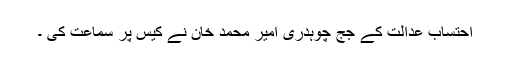
احتساب عدالت کے جج چوہدری امیر محمد خان نے کیس پر سماعت کی ۔